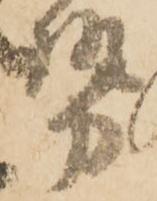
勢